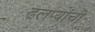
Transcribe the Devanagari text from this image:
ढलप्यांची